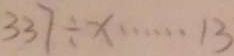
3 3 7 \div x \cdots 1 3